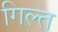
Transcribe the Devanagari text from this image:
गिल्त